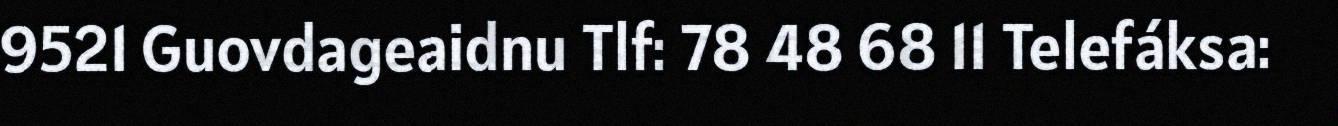
9521 Guovdageaidnu Tlf: 78 48 68 11 Telefáksa: